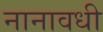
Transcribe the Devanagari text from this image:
नानावधी